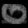
Digit: ၀